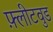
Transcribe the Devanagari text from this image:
फ़्लीटवुड